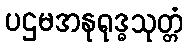
ပဌမအနုရုဒ္ဓသုတ္တံ